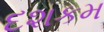
દશકમ